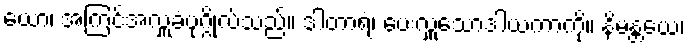
ယော၊ အကြင်အလှူခံပုဂ္ဂိုလ်သည်။ ဒါတာရံ၊ ပေးလှူသောဒါယကာကို။ နိမန္တယေ၊